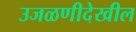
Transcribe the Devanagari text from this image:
उजळणीदेखील